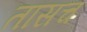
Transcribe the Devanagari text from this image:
तासच